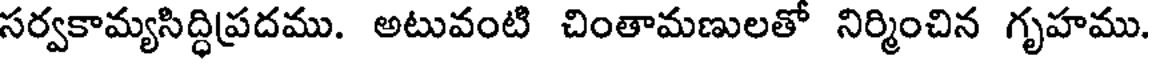
సర్వకామ్యసిద్ధిప్రదము. అటువంటి చింతామణులతో నిర్మించిన గృహము.